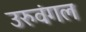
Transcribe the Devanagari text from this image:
उरुवंगल